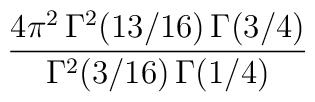
{{4\pi^2\,\Gamma^2(13/16)\,\Gamma(3/4)}\over {\Gamma^2(3/16)\,\Gamma(1/4)}}